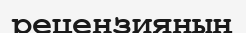
рецензияның